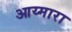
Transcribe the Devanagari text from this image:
आय्मारा